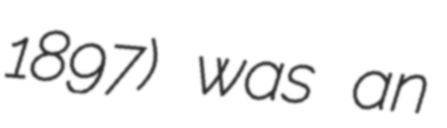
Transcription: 1897) was an